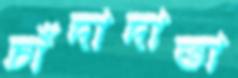
চাঁদাদাতা